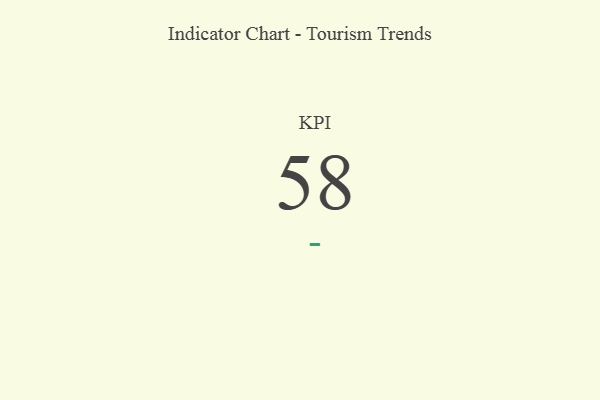
{"axis": {"x": "KPI", "y": "Value"}, "legend": [""], "data": [{"x": "KPI", "y": 58, "type": ""}]}